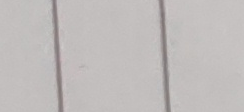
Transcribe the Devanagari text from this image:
छ।